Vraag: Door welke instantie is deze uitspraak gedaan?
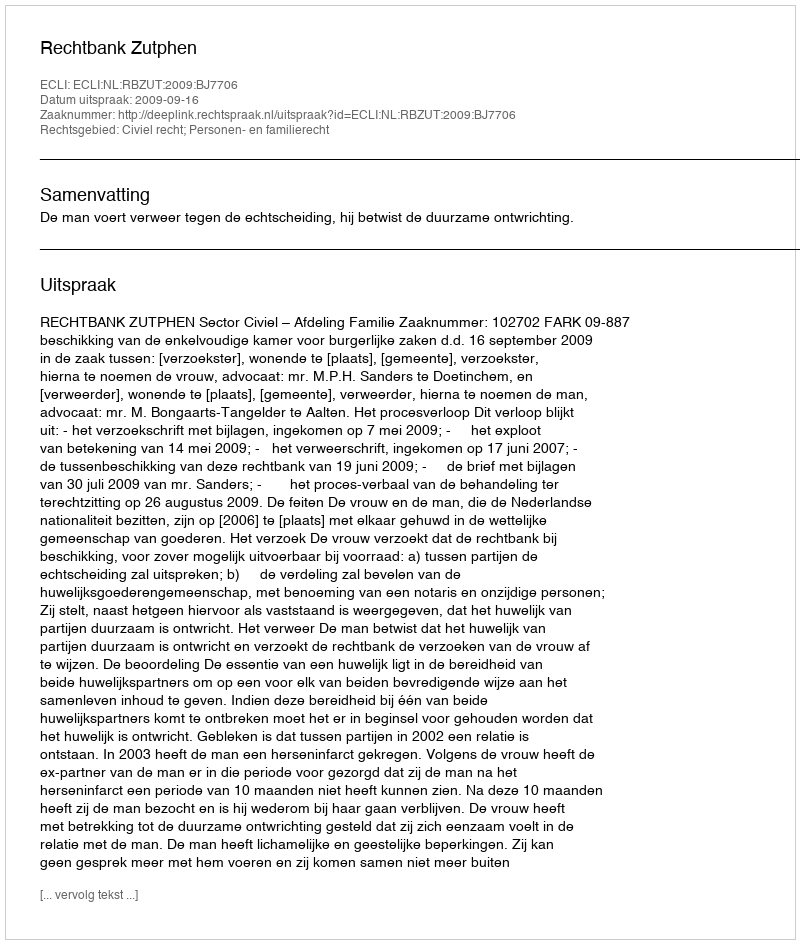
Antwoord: Rechtbank Zutphen